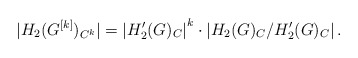
\begin{align*} |H_2(G^{[k]})_{C^k} | = \left| H_2'(G)_C \right|^k \cdot \left|H_2(G)_C/ H_2'(G)_C \right|.\end{align*}